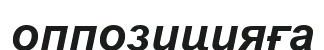
оппозицияға